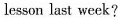
lesson last week?